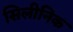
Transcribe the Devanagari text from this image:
सिलीनिक